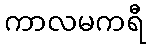
ကာလမကရီ